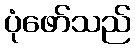
ပုံဖော်သည်